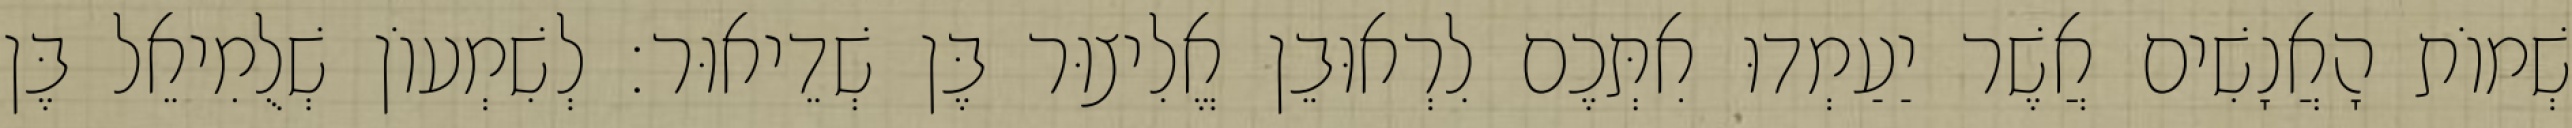
שְׁמוֹת הָאֲנָשִׁים אֲשֶׁר יַעַמְדוּ אִתְּכֶם לִרְאוּבֵן אֱלִיצוּר בֶּן שְׁדֵיאוּר׃ לְשִׁמְעוֹן שְׁלֻמִיאֵל בֶּן